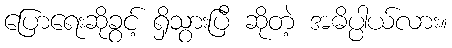
ပြောရေးဆိုခွင့် ရှိသွားပြီ ဆိုတဲ့ အဓိပ္ပါယ်လား။